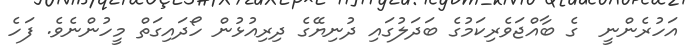
އަހުރެންނީ  ގެ ބާއްޖަވެރިކަމުގެ ބަދަލުގައި ދުނިޔޭގެ ދިރިއުޅުން ހޯދައިގަތް މީހުންނެވެ. ފަހެ